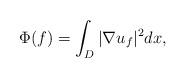
LaTeX: \begin{align*}\Phi(f)=\int_D |\nabla u_f|^2 dx,\end{align*}